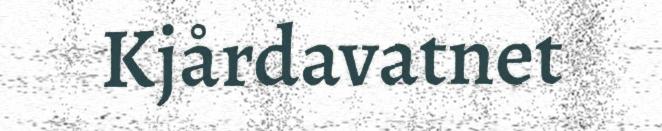
Kjårdavatnet